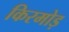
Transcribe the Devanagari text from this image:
किरमोड़